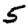
Digit: 5